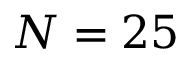
N = 2 5